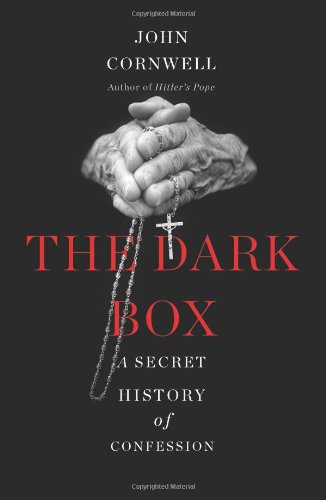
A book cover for The Dark Box: A Secret History of Confession; John Cornwell; Christian Books & Bibles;